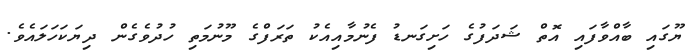
ޔޫގައި ބާއްވާފައި އޮތް ޝަދަފުގެ ހަށިގަނޑު ފެނުމާއިއެކު ތަރަފްގެ މޫނުމަތި ހުދުވެގެން ދިޔަކަހަލައެވެ.